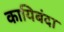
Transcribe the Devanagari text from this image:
कायिबंदा